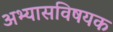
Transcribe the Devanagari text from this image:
अभ्यासविषयक